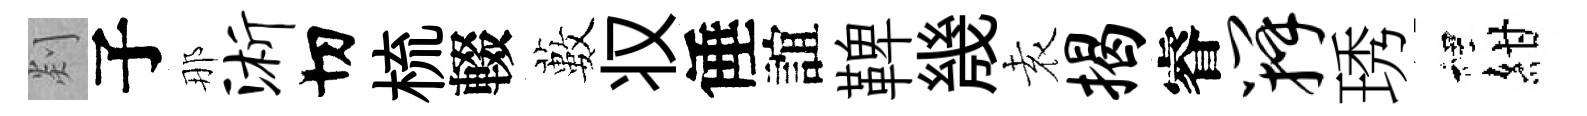
剡子那浙切梳輟藪𠬧倕誼鞞㡬𡊮揭睿瓣琇裡紺